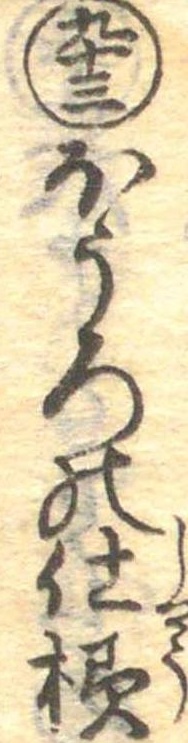
九十三ほうろの仕様